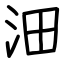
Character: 沺